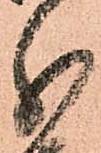
分